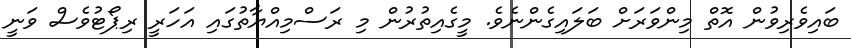
ބައިވެރިވުން އޮތް މިންވަރަށް ބަލައިގެންނެވެ. މީގެއިތުރުން މި ރަސްމިއްޔާތުގައި އަހަރީ ރިޕޯޓުވެސް ވަނީ